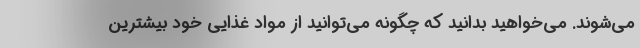
می‌شوند. می‌خواهید بدانید که چگونه می‌توانید از مواد غذایی خود بیشترین